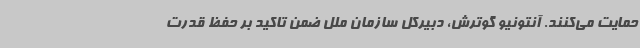
حمایت می‌کنند. آنتونیو گوترش، دبیرکل سازمان ملل ضمن تاکید بر حفظ قدرت